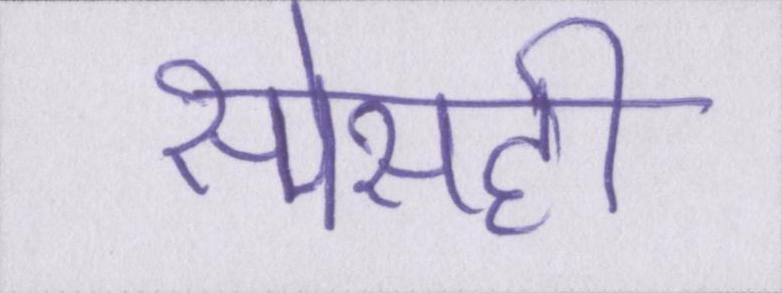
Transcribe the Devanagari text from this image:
स्पेसही